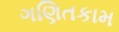
ગણિતકામ